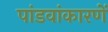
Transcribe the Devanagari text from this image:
पांडवांकारणें